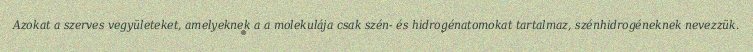
Azokat a szerves vegyületeket, amelyeknek a a molekulája csak szén- és hidrogénatomokat tartalmaz, szénhidrogéneknek nevezzük.